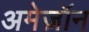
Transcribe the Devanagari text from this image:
अमेज़ॉन